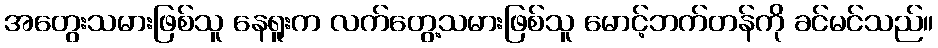
အတွေးသမားဖြစ်သူ နေရူးက လက်တွေ့သမားဖြစ်သူ မောင့်ဘက်တန်ကို ခင်မင်သည်။